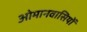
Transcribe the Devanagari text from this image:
ओमानवासियों